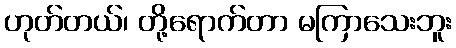
ဟုတ်တယ်၊ တို့ရောက်တာ မကြာသေးဘူး